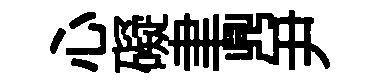
心礙聿𪔂尹